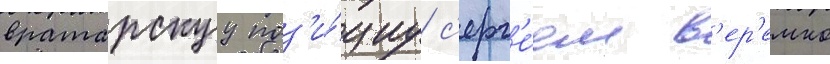
вратарскуу поз'и́циу с'ерг'е́ем в'ер'емко